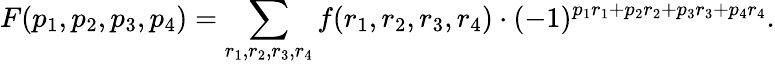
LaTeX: F(p_{1},p_{2},p_{3},p_{4})=\displaystyle\sum_{r_{1},r_{2},r_{3},r_{4}}f(r_{1},r_{2},r_{3},r_{4})\cdot(-1)^{p_{1}r_{1}+p_{2}r_{2}+p_{3}r_{3}+p_{4}r_{4}}.